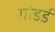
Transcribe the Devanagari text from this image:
गोडर्ड